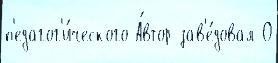
п'едагог'и́ческого А́втор зав'е́довал О